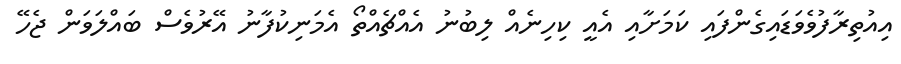
އިއުތިރާފުވެވަޑައިގެންފައި ކަމަށާއި އެއީ ކިހިނެއް ލިބުނު އެއްޗެއްތޯ އެމަނިކުފާނު އޭރުވެސް ބައްލަވަން ޖެހޭ